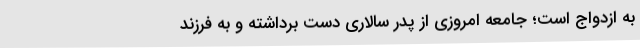
به ازدواج است؛ جامعه امروزی از پدر سالاری دست برداشته و به فرزند